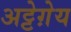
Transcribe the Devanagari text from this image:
अट्टेग़ेय